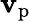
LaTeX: \mathbf{v}_{\mathrm{{p}}}